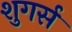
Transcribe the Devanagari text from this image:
शुगर्स